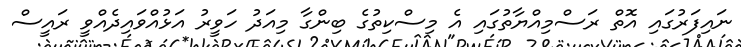
ނައިފަރުގައި އޮތް ރަސްމިއްޔާތުގައި އެ މިސްކިތުގެ ބިންގާ މިއަދު ހަވީރު އަޅުއްވައިދެއްވީ ރައީސް